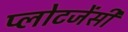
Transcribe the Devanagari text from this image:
प्लोटजेंसी